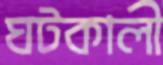
ঘটকালী